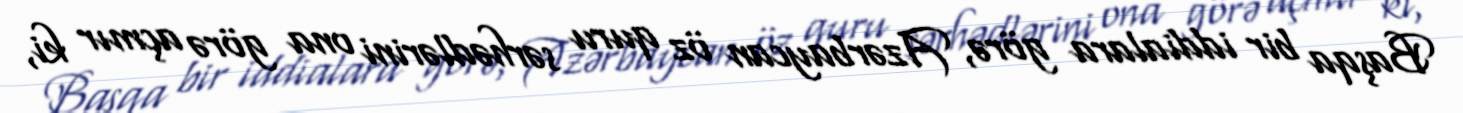
Başqa bir iddialara görə, Azərbaycan öz quru sərhədlərini ona görə açmır ki,